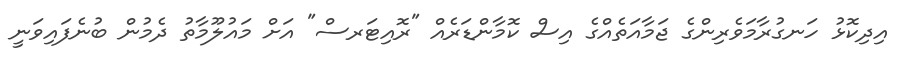
އިދިކޮޅު ހަނގުރާމަވެރިންގެ ޖަމާއަތެއްގެ އިސް ކޮމާންޑަރެއް "ރޮއިޓަރސް" އަށް މައުލޫމާތު ދެމުން ބުނެފައިވަނީ